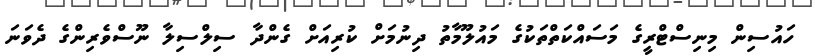
ހައުސިން މިނިސްޓްރީގެ މަސައްކަތްތަކުގެ މައުލޫމާތު ދިނުމަށް ކުރިއަށް ގެންދާ ސިލްސިލާ ނޫސްވެރިންގެ ދެވަނަ